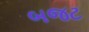
બજટ